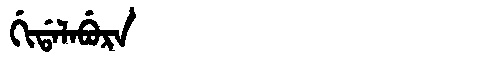
Manchu: ᡤᡳᡩᠠᠯᠠᠪᡠᡵᠠ
Romanization: GIDALABURA